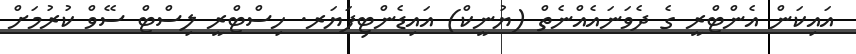
އައިކަން އެންޓްރީ ގެ ދެވަނައެއްނެތް (ޔުނީކް) އައިޑެންޓިފަޔަރ. ހިސްޓްރީ ލިސްޓް ސޭވް ކުރުމަށް